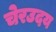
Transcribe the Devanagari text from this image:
चेरउदय